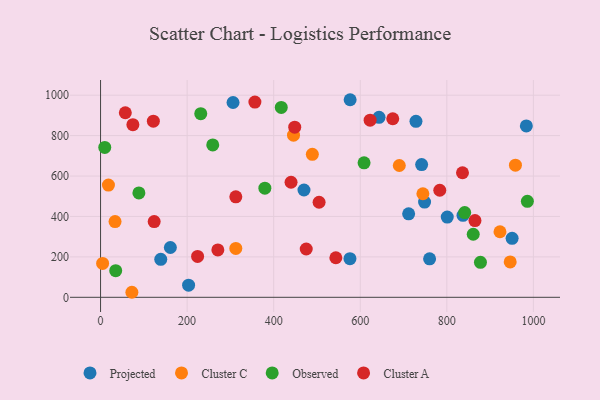
{"axis": {"x": "Engine Size", "y": "Sales"}, "legend": ["Cluster A", "Cluster C", "Observed", "Projected"], "data": [{"x": "760.2", "y": 190.4, "type": "Projected"}, {"x": "983.7", "y": 847.8, "type": "Projected"}, {"x": "643.4", "y": 890.4, "type": "Projected"}, {"x": "748.6", "y": 471.0, "type": "Projected"}, {"x": "306.1", "y": 963.9, "type": "Projected"}, {"x": "139.1", "y": 188.1, "type": "Projected"}, {"x": "741.8", "y": 656.8, "type": "Projected"}, {"x": "711.8", "y": 413.3, "type": "Projected"}, {"x": "950.8", "y": 291.7, "type": "Projected"}, {"x": "470.0", "y": 530.9, "type": "Projected"}, {"x": "576.2", "y": 191.3, "type": "Projected"}, {"x": "837.4", "y": 405.4, "type": "Projected"}, {"x": "576.6", "y": 977.6, "type": "Projected"}, {"x": "203.4", "y": 59.8, "type": "Projected"}, {"x": "161.3", "y": 246.5, "type": "Projected"}, {"x": "801.0", "y": 397.1, "type": "Projected"}, {"x": "728.7", "y": 870.6, "type": "Projected"}, {"x": "312.5", "y": 241.7, "type": "Cluster C"}, {"x": "958.5", "y": 653.6, "type": "Cluster C"}, {"x": "946.4", "y": 175.1, "type": "Cluster C"}, {"x": "33.5", "y": 374.9, "type": "Cluster C"}, {"x": "445.8", "y": 802.4, "type": "Cluster C"}, {"x": "4.8", "y": 167.6, "type": "Cluster C"}, {"x": "18.2", "y": 555.1, "type": "Cluster C"}, {"x": "922.8", "y": 324.3, "type": "Cluster C"}, {"x": "489.3", "y": 707.6, "type": "Cluster C"}, {"x": "72.4", "y": 24.9, "type": "Cluster C"}, {"x": "690.2", "y": 652.1, "type": "Cluster C"}, {"x": "744.7", "y": 512.4, "type": "Cluster C"}, {"x": "861.0", "y": 311.9, "type": "Observed"}, {"x": "608.8", "y": 665.5, "type": "Observed"}, {"x": "231.5", "y": 908.8, "type": "Observed"}, {"x": "417.5", "y": 939.5, "type": "Observed"}, {"x": "986.1", "y": 474.9, "type": "Observed"}, {"x": "877.7", "y": 173.2, "type": "Observed"}, {"x": "259.2", "y": 754.0, "type": "Observed"}, {"x": "88.6", "y": 516.3, "type": "Observed"}, {"x": "379.6", "y": 539.9, "type": "Observed"}, {"x": "841.3", "y": 419.3, "type": "Observed"}, {"x": "35.0", "y": 131.6, "type": "Observed"}, {"x": "9.7", "y": 741.6, "type": "Observed"}, {"x": "448.6", "y": 841.8, "type": "Cluster A"}, {"x": "783.7", "y": 529.8, "type": "Cluster A"}, {"x": "123.9", "y": 374.7, "type": "Cluster A"}, {"x": "356.6", "y": 965.8, "type": "Cluster A"}, {"x": "122.0", "y": 871.7, "type": "Cluster A"}, {"x": "622.8", "y": 876.5, "type": "Cluster A"}, {"x": "504.9", "y": 470.4, "type": "Cluster A"}, {"x": "543.6", "y": 195.6, "type": "Cluster A"}, {"x": "675.1", "y": 883.5, "type": "Cluster A"}, {"x": "440.1", "y": 569.2, "type": "Cluster A"}, {"x": "836.2", "y": 616.3, "type": "Cluster A"}, {"x": "224.2", "y": 202.3, "type": "Cluster A"}, {"x": "312.5", "y": 497.3, "type": "Cluster A"}, {"x": "865.0", "y": 379.9, "type": "Cluster A"}, {"x": "271.0", "y": 234.6, "type": "Cluster A"}, {"x": "57.2", "y": 913.1, "type": "Cluster A"}, {"x": "74.7", "y": 854.3, "type": "Cluster A"}, {"x": "475.2", "y": 239.1, "type": "Cluster A"}]}